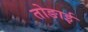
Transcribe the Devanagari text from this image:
तोङाई